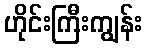
ဟိုင်းကြီးကျွန်း